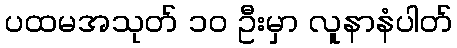
ပထမအသုတ် ၁၀ ဦးမှာ လူနာနံပါတ်